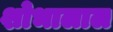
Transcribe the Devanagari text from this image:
शोभालाल